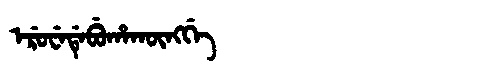
Manchu: ᡝᡵᡠᠸᡝᡩᡝᠪᡠᡥᠠᡴᡡᠩᡤᡝ
Romanization: ERUWEDEBUHAKŪNGGE